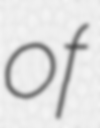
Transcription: of